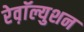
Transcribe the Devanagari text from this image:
रेव़ाॅल्युशन